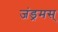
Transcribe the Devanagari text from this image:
जंड्रमस्